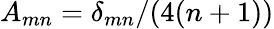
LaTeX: A_{mn}=\delta_{mn}/(4(n+1))